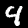
Label: 4